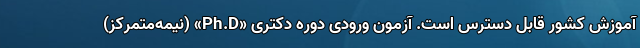
آموزش کشور قابل دسترس است. آزمون ورودی دوره دکتری «Ph.D» (نیمه‌متمرکز)